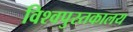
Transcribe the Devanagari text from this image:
विश्वपुस्तकालय